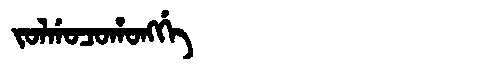
Manchu: ᠵᠣᠯᡤᠣᠴᠣᡥᠣᠩᡤᡝ
Romanization: JOLGOCOHONGGE